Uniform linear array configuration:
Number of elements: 64
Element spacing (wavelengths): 0.5
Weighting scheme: blackman
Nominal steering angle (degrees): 30
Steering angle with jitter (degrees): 31.75
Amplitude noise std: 0.05
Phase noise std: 0.05

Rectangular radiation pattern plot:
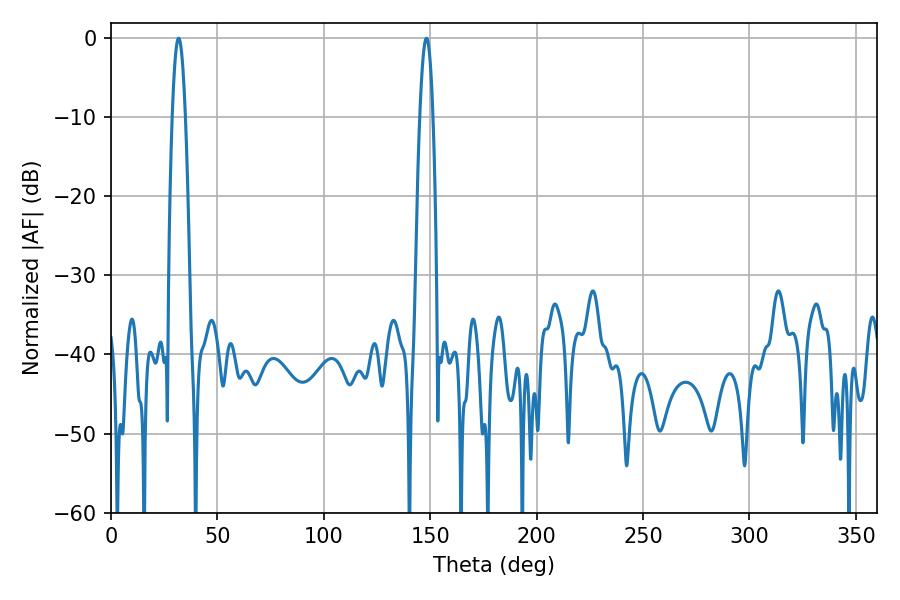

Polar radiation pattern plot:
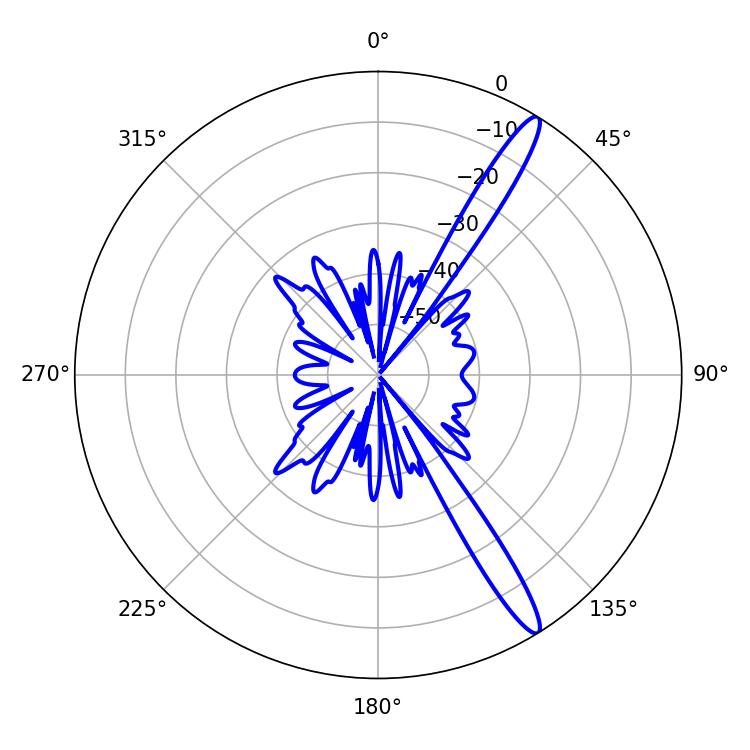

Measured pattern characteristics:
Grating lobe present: FALSE
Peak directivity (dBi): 14.689
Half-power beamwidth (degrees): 3.42
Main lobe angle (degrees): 31.68